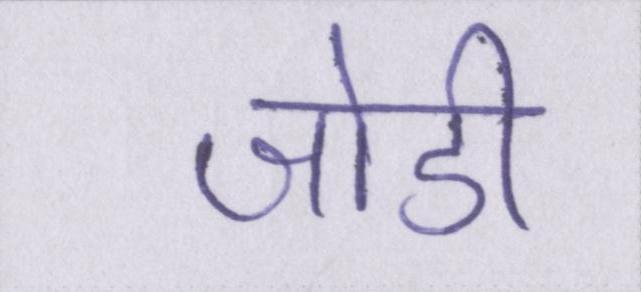
जोडी